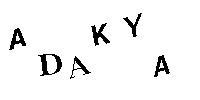
ADAKYA